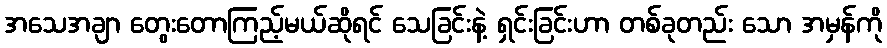
အသေအချာ တွေးတောကြည့်မယ်ဆိုရင် သေခြင်းနဲ့ ရှင်းခြင်းဟာ တစ်ခုတည်း သော အမှန်ကို